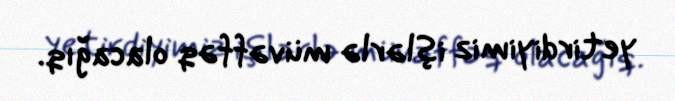
yetirdiyimiz işlərlə müvəffəq olacağıq.